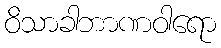
ဝိသာခါဘာဏဝါရော